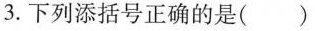
3.下列添括号正确的是()